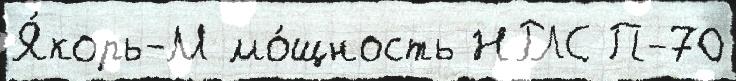
Я́корь-М мо́щность НРЛС П-70